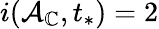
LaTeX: i(\mathcal{A}_{\mathbb{C}},t_{*})=2